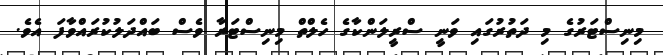
މިނިސްޓަރުގެ މި ދަތުރުގައި ވަނީ ސްރީލަންކާގެ ހެލްތް މިނިސްޓަރާ ވެސް ބައްދަލުކުރައްވާފަ އެވެ.